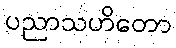
ပညာသဟိတော